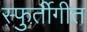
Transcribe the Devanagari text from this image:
स्फुर्तीगीत